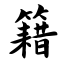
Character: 籍